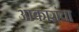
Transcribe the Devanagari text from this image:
आकारांचा